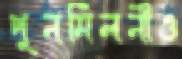
পুনর্মিলনীও